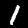
Label: 1